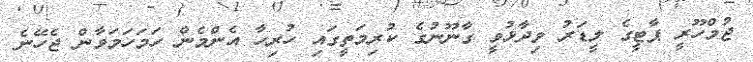
ޖުމްހޫރީ ޕާޓީގެ ލީޑަރު ވިދާޅުވީ ގާނޫނުގެ ކުރިމަތީގައި ހުރިހާ އެންމެން ހަމަހަމަވާން ޖެހޭނެ